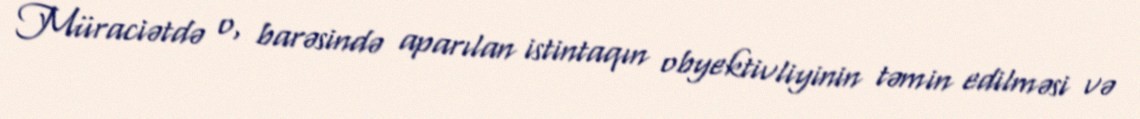
Müraciətdə o, barəsində aparılan istintaqın obyektivliyinin təmin edilməsi və